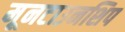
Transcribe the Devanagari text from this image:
मूनटाउनशिप